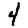
Digit: 4